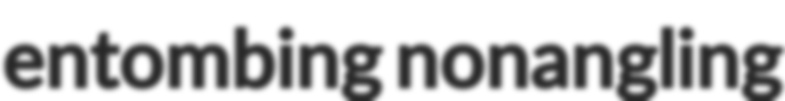
entombing nonangling